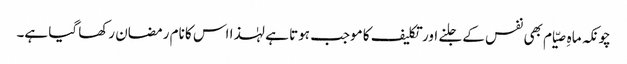
چونکہ ماہِ صیّام بھی نفس کے جلنے اور تکلیف کا موجب ہوتا ہے لہٰذا اس کا نام رمضان رکھا گیا ہے۔